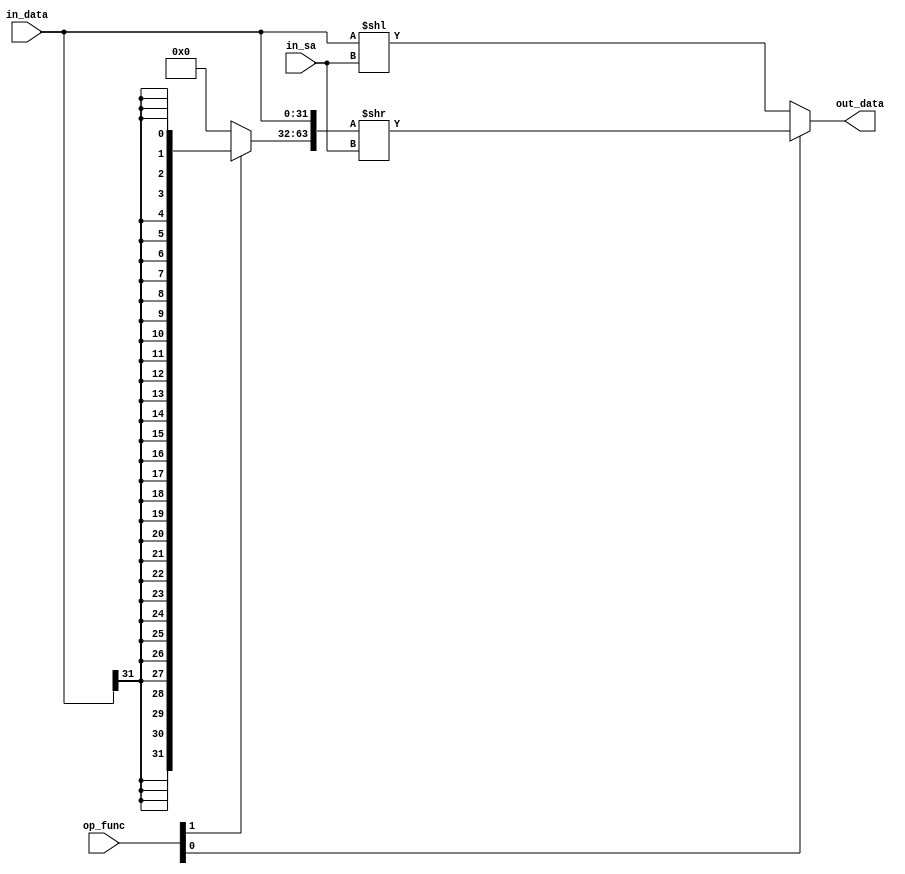
// ---------------------------------------------------------------------------
//  Jelly  -- the soft-core processor system
//    MIPS like CPU core
//
//                                  Copyright (C) 2008-2010 by Ryuji Fuchikami
//                                  https://github.com/ryuz/jelly.git
// ---------------------------------------------------------------------------



`timescale       1ns / 1ps
`default_nettype none



`define SHIFT_FUNC_SLL      2'b00
`define SHIFT_FUNC_SRL      2'b01
`define SHIFT_FUNC_SRA      2'b11


module jelly_cpu_shifter
        #(
            parameter                           SA_WIDTH   = 5,
            parameter                           DATA_WIDTH = (1 << SA_WIDTH)
        )
        (
            input   wire    [1:0]               op_func,
            
            input   wire    [DATA_WIDTH-1:0]    in_data,
            input   wire    [SA_WIDTH-1:0]      in_sa,
            
            output  wire    [DATA_WIDTH-1:0]    out_data
        );
    
    // shifter
    wire    [DATA_WIDTH-1:0]    data_extend;
    assign data_extend = op_func[1] ? {DATA_WIDTH{in_data[DATA_WIDTH-1]}} : {DATA_WIDTH{1'b0}};
    assign out_data    = op_func[0] ? ({data_extend, in_data} >> in_sa) : (in_data << in_sa);
    
endmodule



`default_nettype wire



// end of file